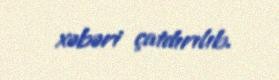
xəbəri çatdırılıb.